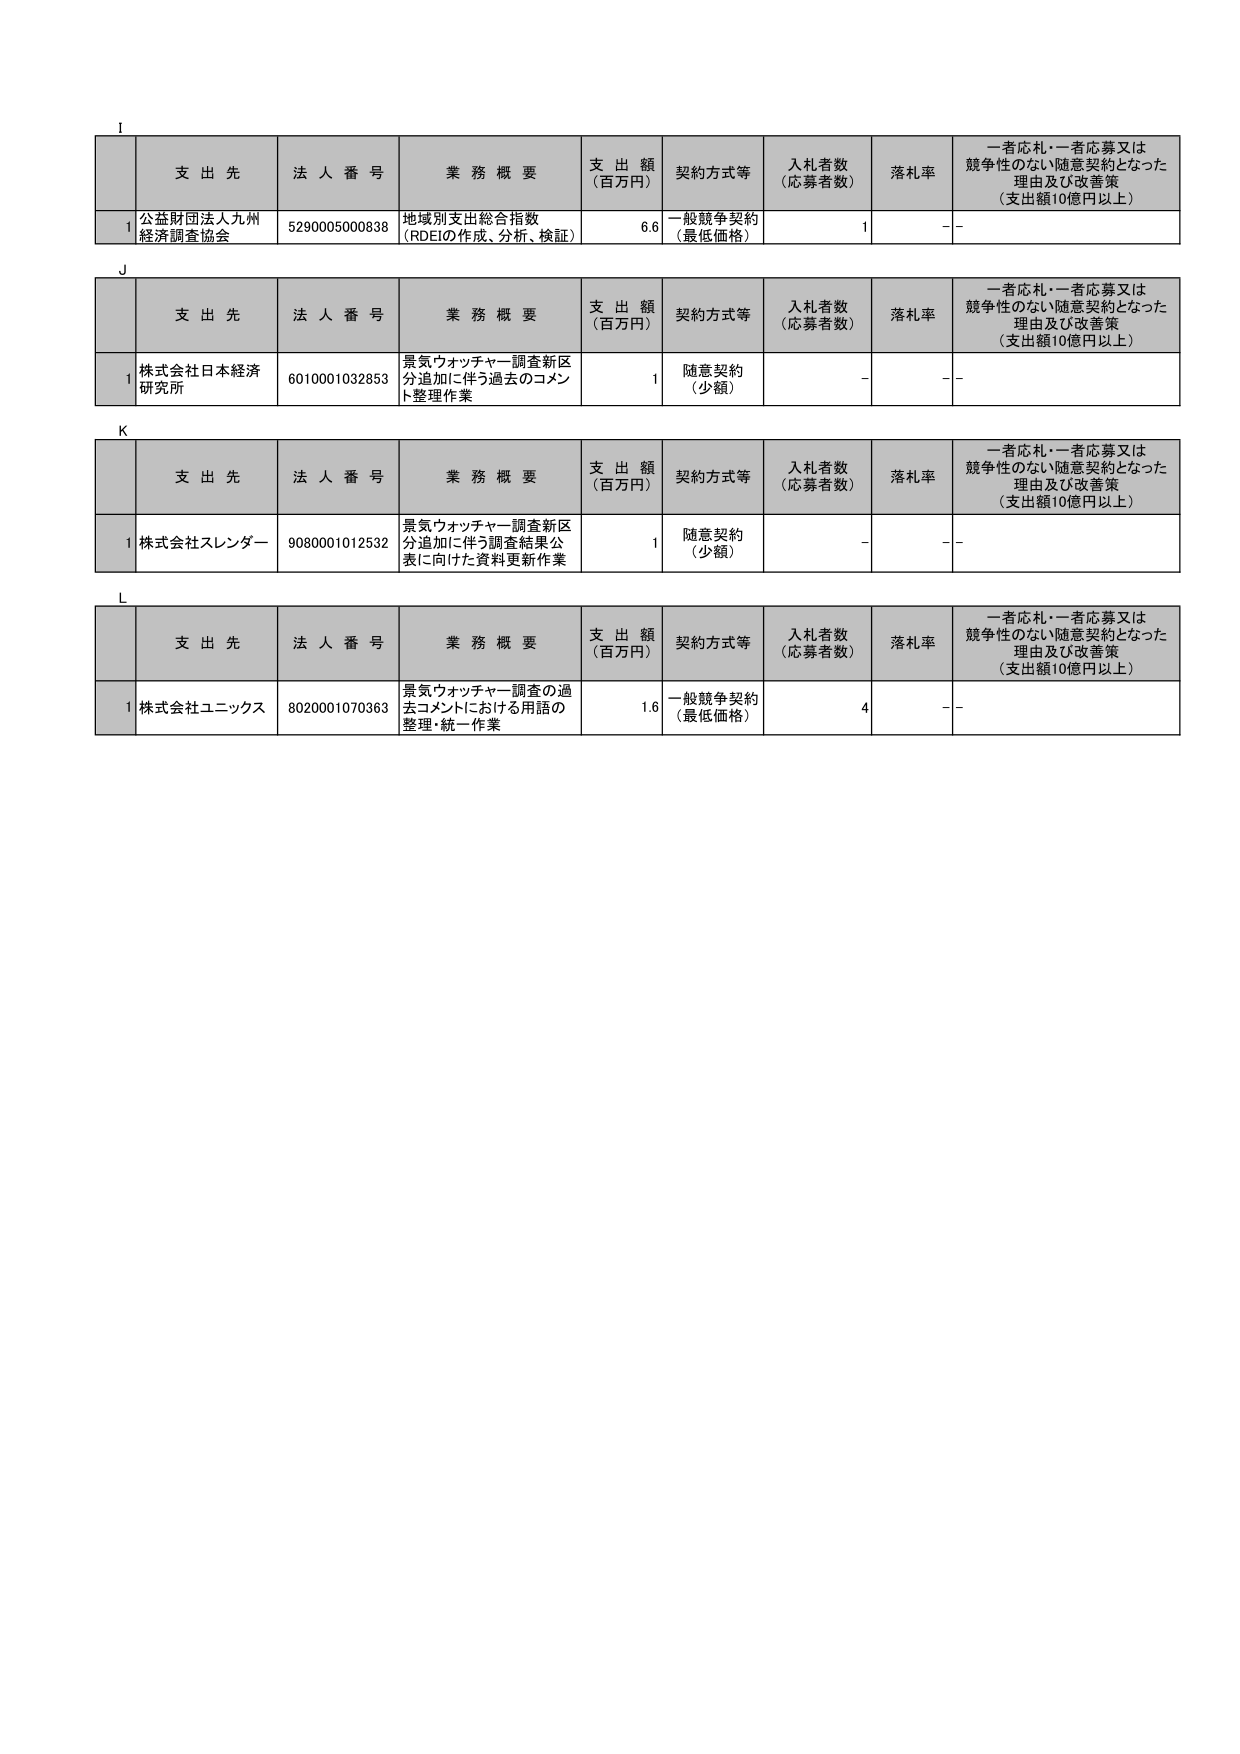
I
支 出 先 法 人 番 号 業 務 概 要 支 出 額 （百万円） 契約方式等 入札者数 （応募者数） 落札率 一者応札・一者応募又は 競争性のない随意契約となった 理由及び改善策 （支出額10億円以上）
1 公益財団法人九州 経済調査協会 5290005000838 地域別支出総合指数 （RDEIの作成、分析、検証） 6.6 一般競争契約 （最低価格） 1 - -

J
支 出 先 法 人 番 号 業 務 概 要 支 出 額 （百万円） 契約方式等 入札者数 （応募者数） 落札率 一者応札・一者応募又は 競争性のない随意契約となった 理由及び改善策 （支出額10億円以上）
1 株式会社日本経済 研究所 6010001032853 景気ウォッチャー調査新区 分追加に伴う過去のコメン ト整理作業 1 随意契約 （少額） - - -

K
支 出 先 法 人 番 号 業 務 概 要 支 出 額 （百万円） 契約方式等 入札者数 （応募者数） 落札率 一者応札・一者応募又は 競争性のない随意契約となった 理由及び改善策 （支出額10億円以上）
1 株式会社スレンダー 9080001012532 景気ウォッチャー調査新区 分追加に伴う調査結果公 表に向けた資料更新作業 1 随意契約 （少額） - - -

L
支 出 先 法 人 番 号 業 務 概 要 支 出 額 （百万円） 契約方式等 入札者数 （応募者数） 落札率 一者応札・一者応募又は 競争性のない随意契約となった 理由及び改善策 （支出額10億円以上）
1 株式会社ユニックス 8020001070363 景気ウォッチャー調査の過 去コメントにおける用語の 整理・統一作業 1.6 一般競争契約 （最低価格） 4 - -